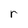
Character: r